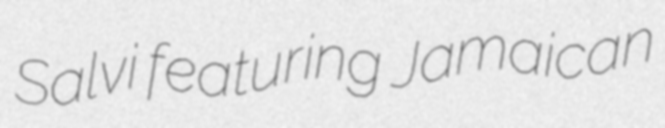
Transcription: Salvi featuring Jamaican